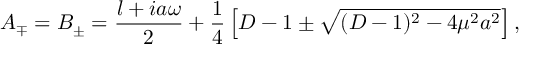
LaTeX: A _ { \mp } = B _ { \pm } = \frac { l + i a \omega } { 2 } + \frac { 1 } { 4 } \left[ D - 1 \pm \sqrt { ( D - 1 ) ^ { 2 } - 4 \mu ^ { 2 } a ^ { 2 } } \right] ,